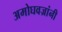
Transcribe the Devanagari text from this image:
अमोघवज्रांनी